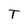
Character: T